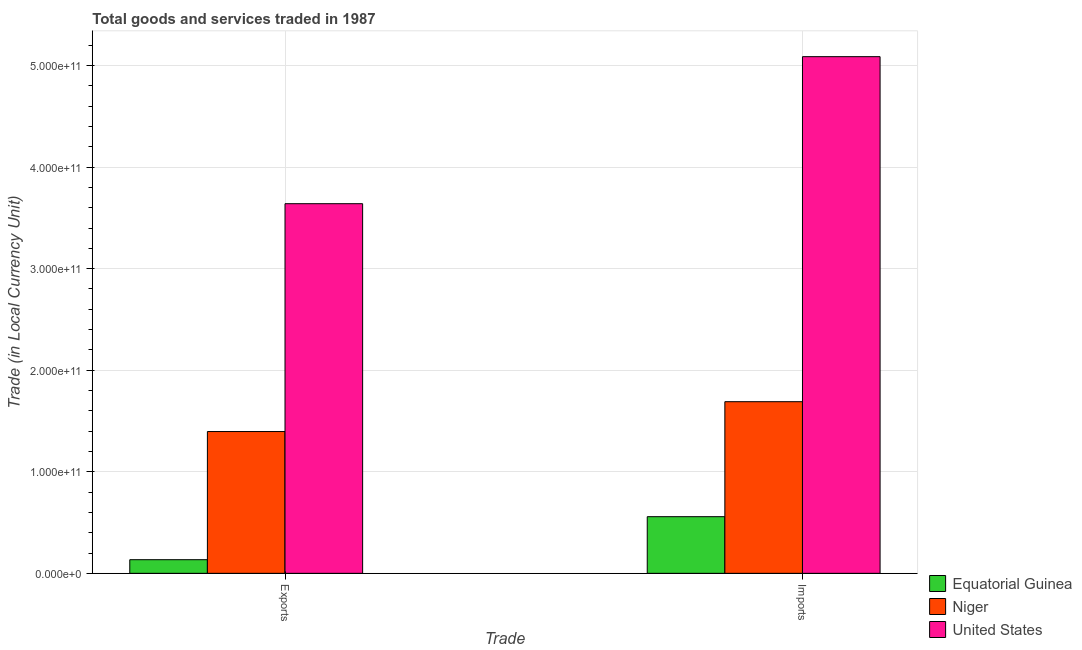
| Trade | Equatorial Guinea | Niger | United States |
 | --- | --- | --- | --- |
 | Exports | 1.34e+10 | 1.4e+11 | 3.64e+11 |
 | Imports | 5.58e+10 | 1.69e+11 | 5.09e+11 |